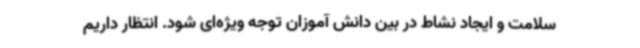
سلامت و ایجاد نشاط در بین دانش آموزان توجه ویژه‌ای شود. انتظار داریم